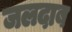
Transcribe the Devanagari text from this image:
जलदाब